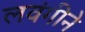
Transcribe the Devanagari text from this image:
लवंगीने